Indian journal of veterinary science and animal husbandry - Volumes 18-21, 1948-1951
Year: 1948
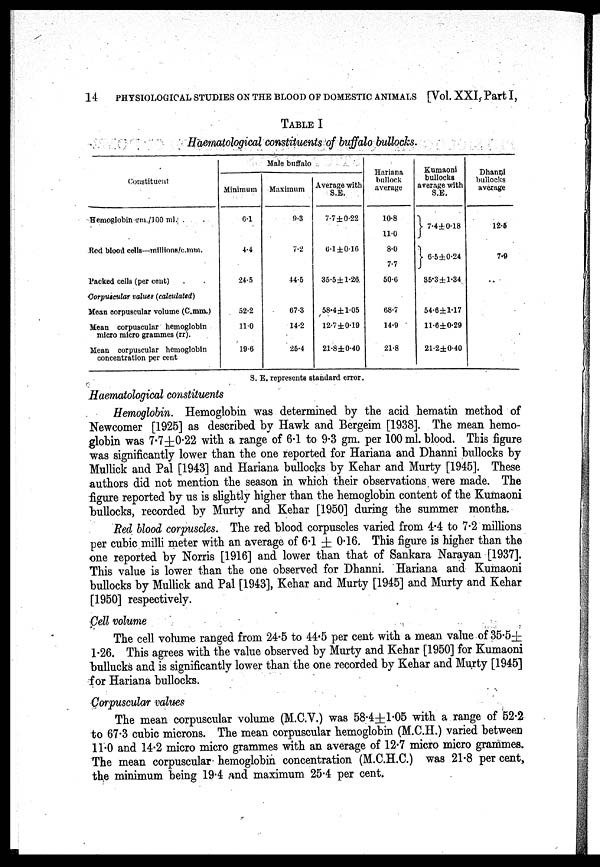
14
PHYSIOLOGICAL STUDIES ON THE BLOOD OF DOMESTIC ANIMALS [Vol. XXI, Part I,
TABLE I
Haematological constituents of buffalo bullocks.
Constituent
Hemoglobin gm./100 ml. . .
Red blood cells—millions/c.mm.
Packed cells (per cent)
Corpuscular values (calculated)
Mean corpuscular volume (C.mm.)
Mean corpuscular hemoglobin
micro micro grammes (rr).
Mean corpuscular hemoglobin
concentration per cent
Male buffalo
Minimum
6.1
4.4
24.5
52.2
11.0
19.6
Maximum
9.3
7.2
44.5
67.3
14.2
25.4
Average with
S.E.
7.7±0.22
6.1±0.16
35.5±1.26
58.4±1.05
12.7±0.19
21.8±0.40
Hariana
bullock
average
10.8
11.0
8.0
7.7
50.6
68.7
14.9
21.8
Kumaoni
bullocks
average with
S.E.
} 7.4±0.18
6.5±0.24
35.3±1.34
54.6±1.17
11.6±0.29
21.2±0.40
Dhanni
bullocks
average
12.5
7.9
..
S. E. represents standard error.
Haematological constituents
Hemoglobin. Hemoglobin was determined by the acid hematin method of
Newcomer [1925] as described by Hawk and Bergeim [1938]. The mean hemo-
globin was 7.7±0.22 with a range of 6.1 to 9.3 gm. per 100 ml. blood. This figure
was significantly lower than the one reported for Hariana and Dhanni bullocks by
Mullick and Pal [1943] and Hariana bullocks by Kehar and Murty [1945]. These
authors did not mention the season in which their observations were made. The
figure reported by us is slightly higher than the hemoglobin content of the Kumaoni
bullocks, recorded by Murty and Kehar [1950] during the summer months.
Red blood corpuscles. The red blood corpuscles varied from 4.4 to 7.2 millions
per cubic milli meter with an average of 6.1 ± 0.16. This figure is higher than the
one reported by Norris [1916] and lower than that of Sankara Narayan [1937].
This value is lower than the one observed for Dhanni. Hariana and Kumaoni
bullocks by Mullick and Pal [1943], Kehar and Murty [1945] and Murty and Kehar
[1950] respectively.
Cell volume
The cell volume ranged from 24.5 to 44.5 per cent with a mean value of 35.5±
1.26. This agrees with the value observed by Murty and Kehar [1950] for Kumaoni
bullucks and is significantly lower than the one recorded by Kehar and Murty [1945]
for Hariana bullocks.
Corpuscular values
The mean corpuscular volume (M.C.V.) was 58.4±1.05 with a range of 52.2
to 67.3 cubic microns. The mean corpuscular hemoglobin (M.C.H.) varied between
11.0 and 14.2 micro micro grammes with an average of 12.7 micro micro grammes.
The mean corpuscular hemoglobin concentration (M.C.H.C.) was 21.8 per cent,
the minimum being 19.4 and maximum 25.4 per cent.